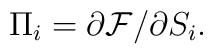
\Pi_i=\partial {\cal F}/\partial S_i.